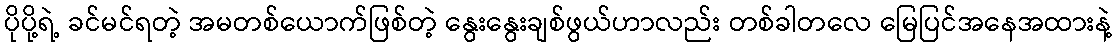
ပိုပို့ရဲ့ ခင်မင်ရတဲ့ အမတစ်ယောက်ဖြစ်တဲ့ နွေးနွေးချစ်ဖွယ်ဟာလည်း တစ်ခါတလေ မြေပြင်အနေအထားနဲ့